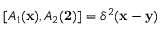
[ A _ { 1 } ( { \bf x } ) , A _ { 2 } ( { \bf 2 } ) ] = \delta ^ { 2 } ( { \bf x } - { \bf y } )